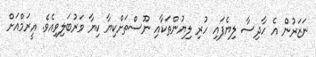
ނަޒަރުން އެ ހާދިސާ ލިޔެފައި ހުރި ލިޔުންތަކާއި ނޫސްތަށްކިޔާ ކިޔާ ވަރުބަލިވިއެވެ. އީރަމްއަށް